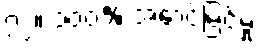
၇၂။ ၁၀၀% အောင်မြင်မှု